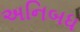
અનિબધ